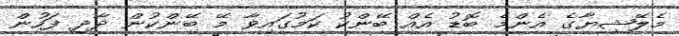
މެލޭޝިޔާގެ އެންމެ ބޮޑު އެއް ބޭންކު ކަމުގައިވާ މޭ ބޭންކުން ދާދި ފަހުން